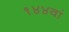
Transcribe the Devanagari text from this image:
१४४वां